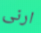
ارنى